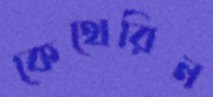
কেথেরিন